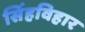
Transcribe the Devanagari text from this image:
सिंहविहार